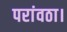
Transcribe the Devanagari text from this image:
परांवठा।